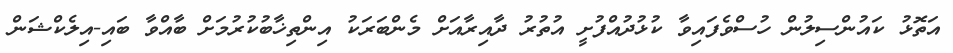
އަތޮޅު ކައުންސިލުން ހުސްވެފައިވާ ކުޅުދުއްފުށީ އުތުރު ދާއިރާއަށް މެންބަރަކު އިންތިޚާބުކުރުމަށް ބާއްވާ ބައި-އިލެކްޝަން